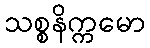
သစ္စနိက္ကမော